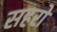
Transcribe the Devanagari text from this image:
सहरों